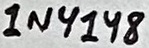
Text: 1N4148